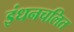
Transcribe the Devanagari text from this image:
इंधनचलित